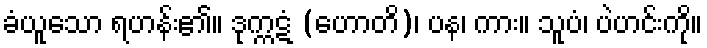
ခံယူသော ရဟန်း၏။ ဒုက္ကဋံ (ဟောတိ)၊ ပန၊ ကား။ သူပံ၊ ပဲဟင်းကို။